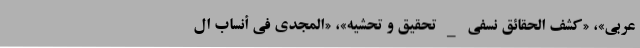
عربی»، «کشف الحقائق نَسَفی _ تحقیق و تحشیه»، «المَجدی فی أنساب ال